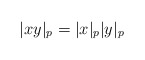
\begin{align*}|xy|_p =|x|_p|y|_p\end{align*}